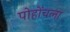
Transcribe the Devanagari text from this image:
पोहोंचला